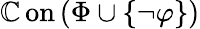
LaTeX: \operatorname{\mathbb{C}on}\left(\Phi\cup\{ \lnot\varphi\} \right)